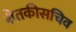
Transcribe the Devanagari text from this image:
शेतकीसचिव